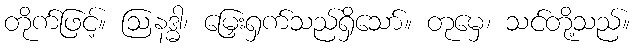
တိုက်ဖြင့်။ ဩနဒ္ဓါ၊ မြှေးရှက်သည်ရှိသော်။ တုမှေ၊ သင်တို့သည်။